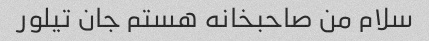
سلام من صاحبخانه هستم جان تیلور